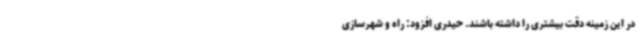
در این زمینه دقت بیشتری را داشته باشند. حیدری افزود: راه و شهرسازی